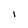
Character: I